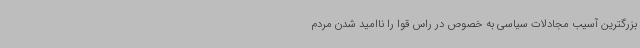
بزرگترین آسیب مجادلات سیاسی به خصوص در راس قوا را ناامید شدن مردم